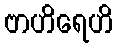
ဗာဟိရေဟိ